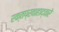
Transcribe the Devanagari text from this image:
रक्तप्रवाहाद्वारे